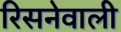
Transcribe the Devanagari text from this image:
रिसनेवाली